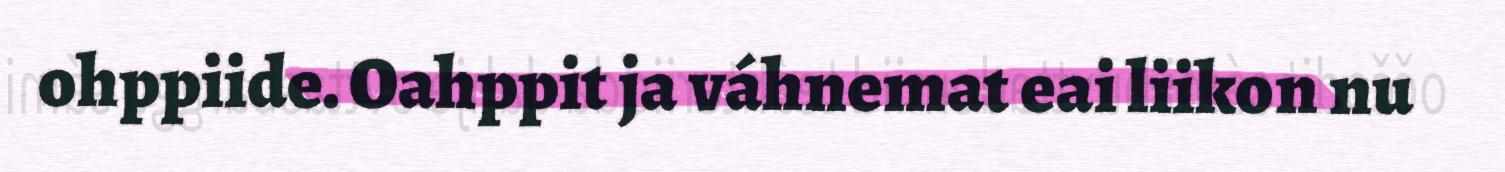
ohppiide. Oahppit ja váhnemat eai liikon nu